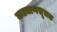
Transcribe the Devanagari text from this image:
कल्याणसूचक